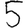
Digit: 5